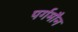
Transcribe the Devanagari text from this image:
पर्गमौन